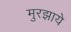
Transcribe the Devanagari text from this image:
मुरझाये